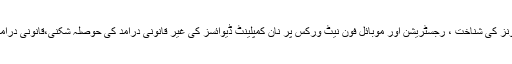
انہوں نے کہاکہ اس نظام کے نفاذ سے غیر معیاری، جعلی، غیر قانونی طورپر درآمد شدہ موبائل فونز کی شناخت ، رجسٹریشن اور موبائل فون نیٹ ورکس پر نان کمپلینٹ ڈیوائسز کی غیر قانونی درآمد کی حوصلہ شکنی،قانونی درآمدات اور موبائل ڈیوائس استعمال کنندگان اور سکیورٹی کی مجموعی صورتحال میں بہتری آئے گی۔